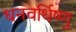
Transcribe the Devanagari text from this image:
धनवर्धिष्णु